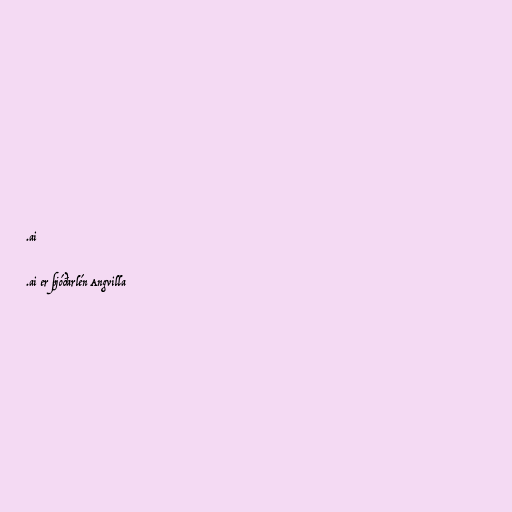
.ai

.ai er þjóðarlén Angvilla